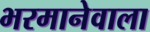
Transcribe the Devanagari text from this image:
भरमानेवाला